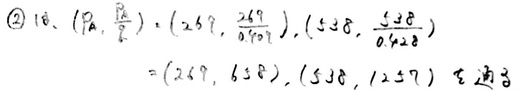
\textcircled{2} 10、$(\rho_A,\frac{\rho_A}{2})=(269,\frac{269}{0.419}),(538,\frac{538}{0.428})$
$=(269,642),(538,1257)$ 合适